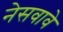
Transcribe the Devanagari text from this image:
नेसवावे